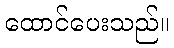
ထောင်ပေးသည်။